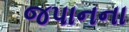
જપાનના